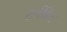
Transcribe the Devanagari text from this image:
टर्नब्रिज